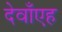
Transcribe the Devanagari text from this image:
देवाँएह